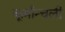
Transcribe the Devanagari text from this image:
कूर्मान्चली